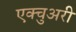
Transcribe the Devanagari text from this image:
एक्चुअरी